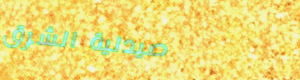
صيدلية الشرق